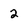
Character: 2